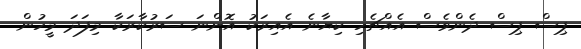
ޕިސް ޕިސް ދެންވެސް އެއްޗެހި ކިޔާނެ އެއިރަކު އޮންނަ ސަރުކާރަކާ މިފަދަ މީހުން